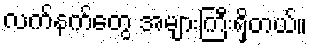
လက်နက်တွေ အများကြီးရှိတယ်။